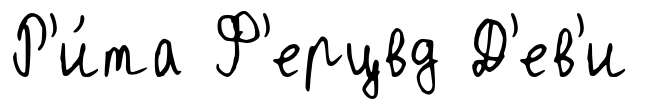
Р'и́та Ф'ерцвд Д'ев'и